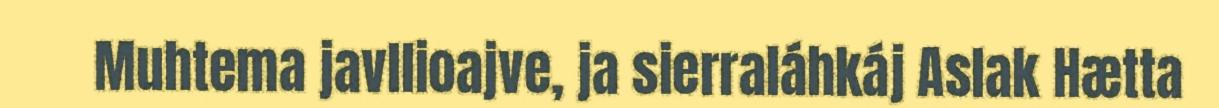
Muhtema javllioajve, ja sierraláhkáj Aslak Hætta